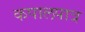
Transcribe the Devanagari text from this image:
कपालपात्र